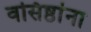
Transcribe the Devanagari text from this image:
वसिष्ठांना